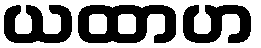
ယထာဟ